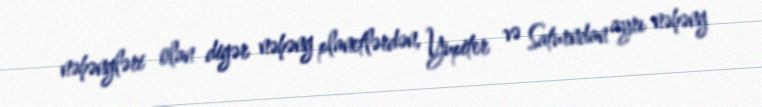
nəhəngləri olan digər nəhəng planetlərdən, Yupiter və Saturndan ayrı nəhəng